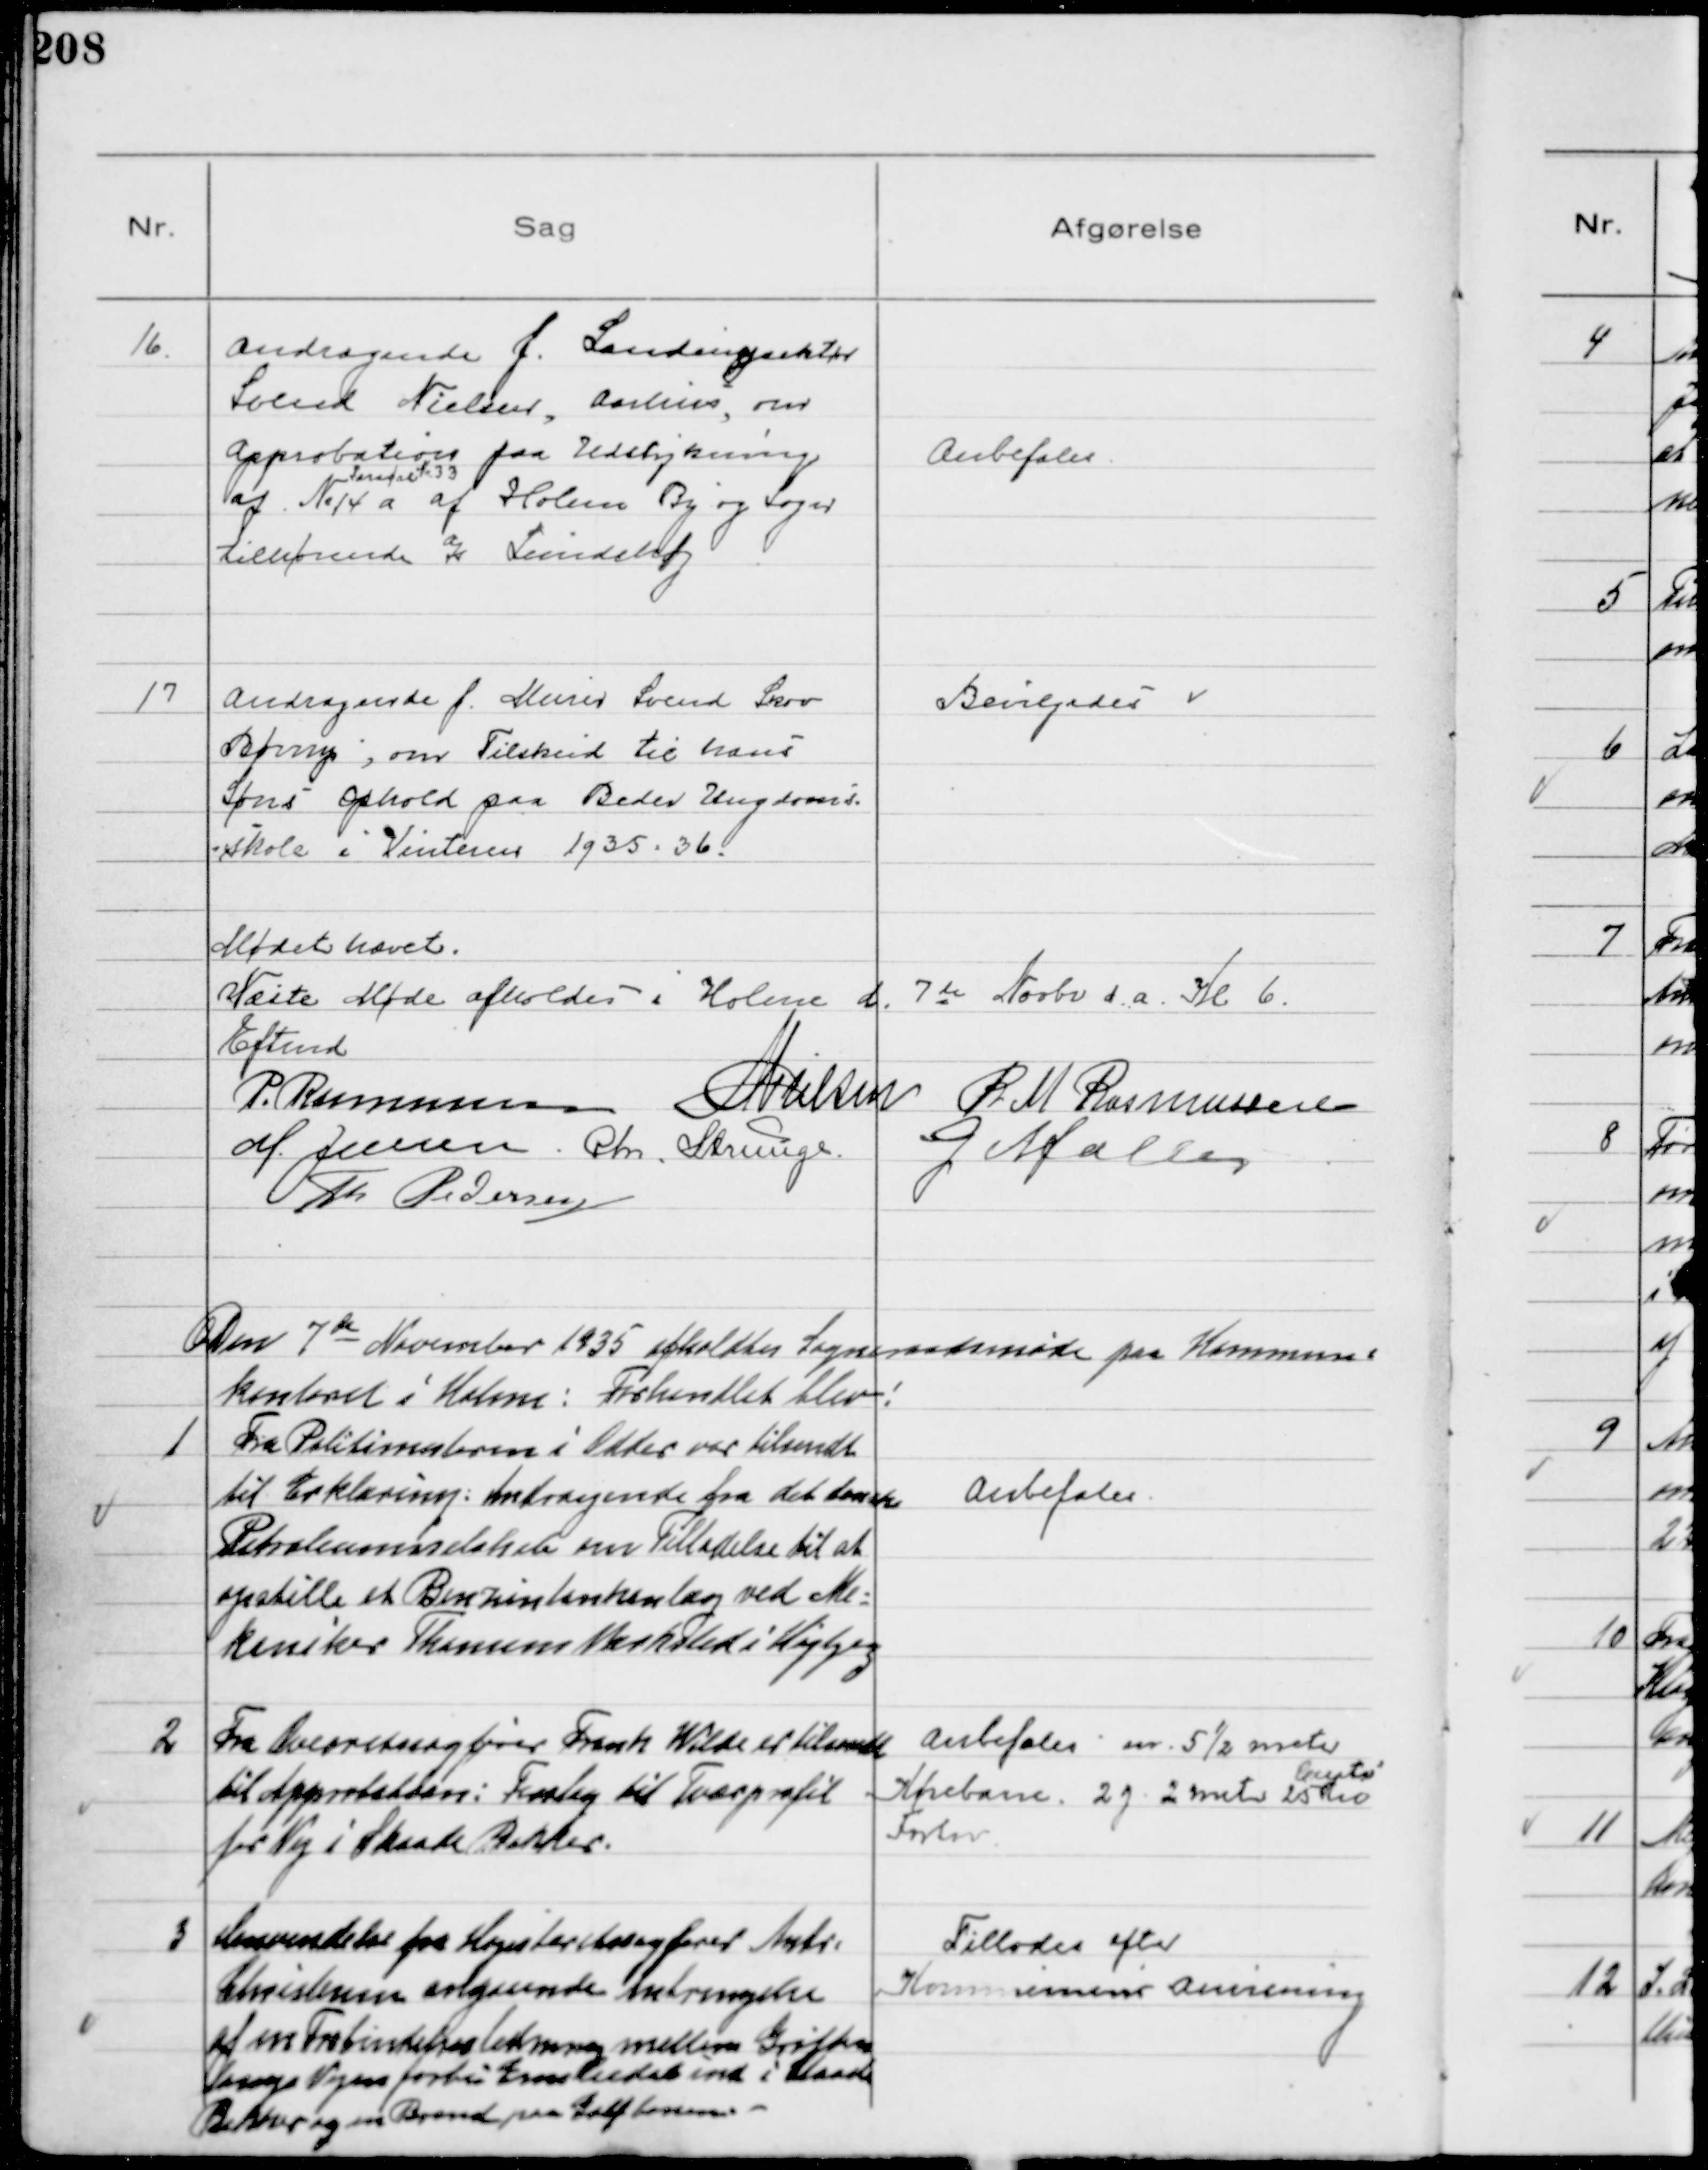
Transskription:
16.
Andragende f. Landinspektør
Svend Nielsen, Aarhus, om
Approbation paa Udstykning
af No 14 a
Parcel Nr 33
af Holme By og Sogn
tilhørende Js Lundshøj

Anbefales

17
Andragende f. Murer Svend Skov
Børrup, om Tilskud til hans
Søns Ophold paa Beder Ungdoms=
skole i Vinteren 1935 - 36

Bevilgedes

Mødet hævet.
Næste Møde afholdes i Holme d. 7 de Novbr d.a. Kl 6.
Eftmd
P. Rasmussen N Nielsen R M Rasmussen
M. Jensen Chr. Strunge G Møller
Th Pedersen

Den 7 de November 1935 afholdtes Sogneraadsmøde paa Kommune-
kontoret i Holme: Forhandlet blev!

1
Fra Politimesteren i Odder var tilsendt
til Erklæring: Andragende fra det danske
Petroleumsselskab om Tilladelse til at
opstille et Benzintankenlæg ved Me-
kaniker Thomsens Værksted i Højbjerg

Anbefales

2
Fra Overretssagfører Frank Wilde er tilsendt
til Approbation: Forslag til Tværprofil
for Vej i Skaade Bakker.

Anbefales m. 5½ meter
Kørebane. 2 g 2 meter 25 
Centi
til
Fortov

3
Henvendelse fra Højesteretssagfører Andr.
Christensen angaaende Anbringelse
af en Forbindelsesledning mellem Grøften
langs Vejen forbi Emiliedal ind i Skaade
Bakker og en Brønd paa Golfbanerne.

Tillodes efter
Kommunens Anvisning